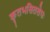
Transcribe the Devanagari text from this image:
कृतभसितलेपः